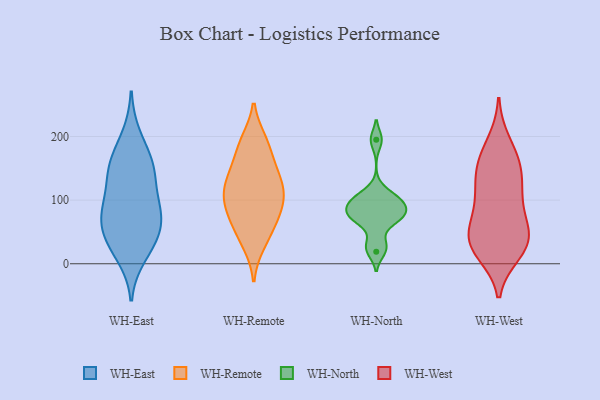
{"axis": {"x": "Population (Million)", "y": "Value"}, "legend": ["WH-East", "WH-North", "WH-Remote", "WH-West"], "data": [{"x": "", "y": 155, "type": "WH-East"}, {"x": "", "y": 49, "type": "WH-East"}, {"x": "", "y": 76, "type": "WH-East"}, {"x": "", "y": 103, "type": "WH-East"}, {"x": "", "y": 155, "type": "WH-East"}, {"x": "", "y": 42, "type": "WH-East"}, {"x": "", "y": 141, "type": "WH-East"}, {"x": "", "y": 91, "type": "WH-East"}, {"x": "", "y": 84, "type": "WH-East"}, {"x": "", "y": 13, "type": "WH-East"}, {"x": "", "y": 29, "type": "WH-East"}, {"x": "", "y": 155, "type": "WH-East"}, {"x": "", "y": 200, "type": "WH-East"}, {"x": "", "y": 63, "type": "WH-East"}, {"x": "", "y": 99, "type": "WH-Remote"}, {"x": "", "y": 39, "type": "WH-Remote"}, {"x": "", "y": 187, "type": "WH-Remote"}, {"x": "", "y": 118, "type": "WH-Remote"}, {"x": "", "y": 187, "type": "WH-Remote"}, {"x": "", "y": 133, "type": "WH-Remote"}, {"x": "", "y": 134, "type": "WH-Remote"}, {"x": "", "y": 104, "type": "WH-Remote"}, {"x": "", "y": 144, "type": "WH-Remote"}, {"x": "", "y": 76, "type": "WH-Remote"}, {"x": "", "y": 32, "type": "WH-Remote"}, {"x": "", "y": 150, "type": "WH-Remote"}, {"x": "", "y": 192, "type": "WH-Remote"}, {"x": "", "y": 64, "type": "WH-Remote"}, {"x": "", "y": 99, "type": "WH-Remote"}, {"x": "", "y": 100, "type": "WH-Remote"}, {"x": "", "y": 66, "type": "WH-Remote"}, {"x": "", "y": 19, "type": "WH-North"}, {"x": "", "y": 100, "type": "WH-North"}, {"x": "", "y": 70, "type": "WH-North"}, {"x": "", "y": 92, "type": "WH-North"}, {"x": "", "y": 112, "type": "WH-North"}, {"x": "", "y": 195, "type": "WH-North"}, {"x": "", "y": 67, "type": "WH-North"}, {"x": "", "y": 96, "type": "WH-North"}, {"x": "", "y": 81, "type": "WH-North"}, {"x": "", "y": 32, "type": "WH-North"}, {"x": "", "y": 77, "type": "WH-North"}, {"x": "", "y": 142, "type": "WH-West"}, {"x": "", "y": 161, "type": "WH-West"}, {"x": "", "y": 50, "type": "WH-West"}, {"x": "", "y": 143, "type": "WH-West"}, {"x": "", "y": 103, "type": "WH-West"}, {"x": "", "y": 67, "type": "WH-West"}, {"x": "", "y": 18, "type": "WH-West"}, {"x": "", "y": 33, "type": "WH-West"}, {"x": "", "y": 190, "type": "WH-West"}, {"x": "", "y": 31, "type": "WH-West"}, {"x": "", "y": 28, "type": "WH-West"}, {"x": "", "y": 53, "type": "WH-West"}, {"x": "", "y": 167, "type": "WH-West"}, {"x": "", "y": 116, "type": "WH-West"}, {"x": "", "y": 98, "type": "WH-West"}, {"x": "", "y": 29, "type": "WH-West"}]}